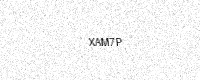
Text: XAM7P